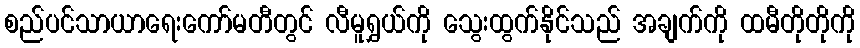
စည်ပင်သာယာရေးကော်မတီတွင် လီမူရွှယ်ကို သွေးထွက်နိုင်သည် အချက်ကို ထမီတိုတိုကို